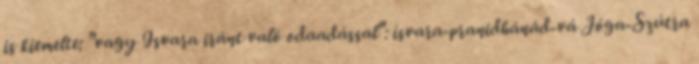
is kiemelte: "vagy Isvara iránt való odaadással": ísvara-pranidhánád-vá Jóga-Szútra